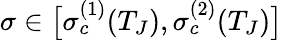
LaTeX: \sigma\in\big[\sigma_{c}^{(1)}(T_{J}),\sigma_{c}^{(2)}(T_{J})\big]